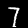
Label: 7